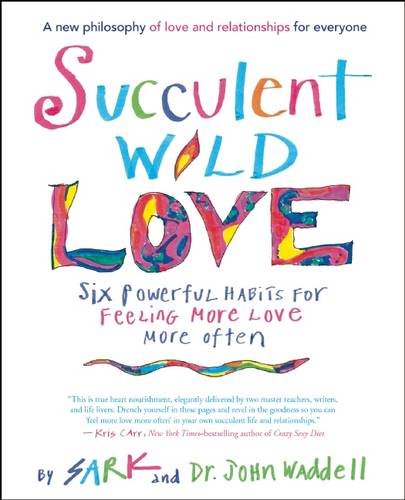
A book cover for Succulent Wild Love: Six Powerful Habits for Feeling More Love More Often; SARK; Self-Help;